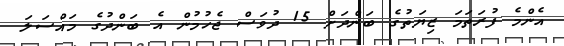
އެންމެ ފުރަތަމަ ޒިޔަތުގެ ބަންދަށް 15 ދުވަސް ޖެހުމުން އެ ބަންދުގެ މައްސަލަ